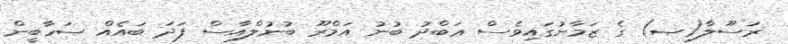
ރަސޫލާ(ޞ) ގެ ޒަމާނުގައިވެސް ޢަބްދު ބުނު އަމްރޫ ބުނުލްއާސް ފަދަ ބައެއް ޞަހާބީން